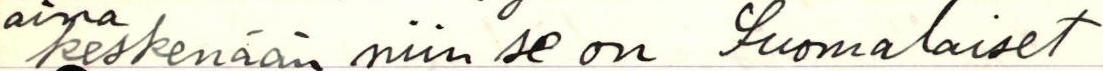
aina keskenään niin se on Suomalaiset